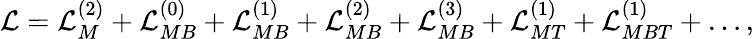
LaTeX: {\cal L}={\cal L}_{M}^{(2)}+{\cal L}_{MB}^{(0)}+{\cal L}_{MB}^{(1)}+{\cal L}_{MB}^{(2)}+{\cal L}_{MB}^{(3)}+{\cal L}_{MT}^{(1)}+{\cal L}_{MBT}^{(1)}+\ldots,